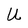
Character: U